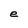
Character: e